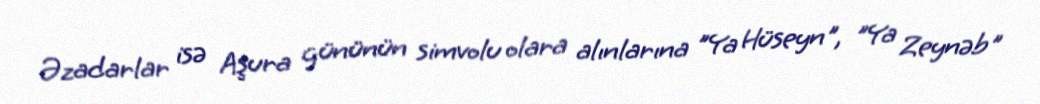
Əzadarlar isə Aşura gününün simvolu olara alınlarına "Ya Hüseyn", "Ya Zeynəb"